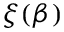
\xi ( \beta )